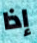
إذا